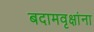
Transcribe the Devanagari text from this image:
बदामवृक्षांना